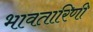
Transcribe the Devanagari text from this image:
भावतारिणी